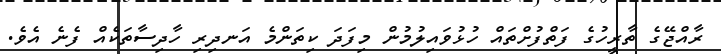
ރާއްޖޭގެ ތާރީހުގެ ފަތްފުށްތައް ހުޅުވައިލުމުން މިފަދަ ކިތަންމެ އަނދިރި ހާދިސާތަކެއް ފެނެ އެވެ.